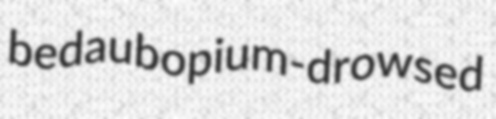
bedaub opium-drowsed